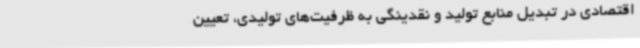
اقتصادی در تبدیل منابع تولید و نقدینگی به ظرفیت‌های تولیدی، تعیین